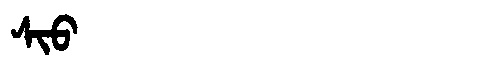
Manchu: ᠰᡳᠣ
Romanization: SIO